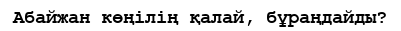
Абайжан көңілің қалай, бұраңдайды?